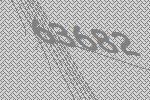
63682